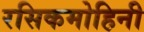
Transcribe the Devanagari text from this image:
रसिकमोहिनी